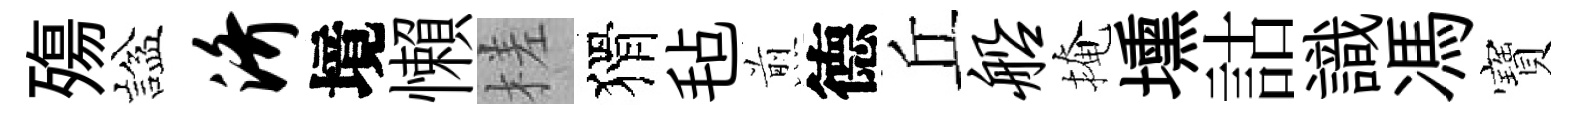
殤諡济境懶槎猾毡煎德丘船掩壎詁識馮寶